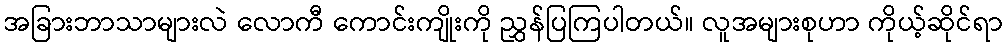
အခြားဘာသာများလဲ လောကီ ကောင်းကျိုးကို ညွှန်ပြကြပါတယ်။ လူအများစုဟာ ကိုယ့်ဆိုင်ရာ